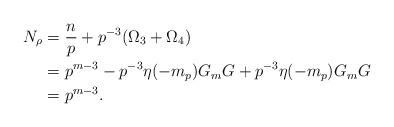
LaTeX: \begin{align*}N_{\rho}&=\frac{n}{p}+p^{-3}( \Omega_3+\Omega_4)\\&=p^{m-3}- p^{-3}\eta(-m_p)G_m G +p^{-3} \eta(-m_p)G_m G\\&=p^{m-3}.\end{align*}